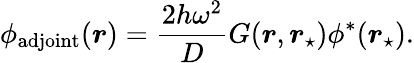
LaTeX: \phi_{\mathrm{adjoint}}(\boldsymbol{r})=\frac{2h\omega^{2}}{D}G(\boldsymbol{r},\boldsymbol{r}_{\star})\phi^{*}(\boldsymbol{r}_{\star}).